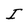
Character: I